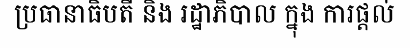
ប្រធានាធិបតី និង រដ្ឋាភិបាល ក្នុង ការផ្តល់